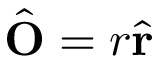
{ \hat { \mathbf { O } } } = r { \hat { \mathbf { r } } }